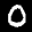
Label: 0